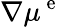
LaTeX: \nabla\mu^{\mathrm{~e~}}